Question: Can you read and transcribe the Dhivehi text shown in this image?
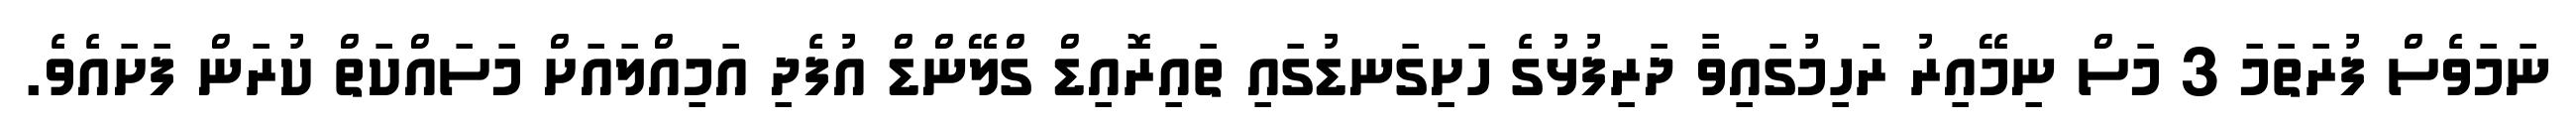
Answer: ނަމަވެސް ފުރަތަމަ 3 މަސް ނިމޭއިރު ރަހިމުގައިވާ ދަރިފުޅުގެ ހަށިގަނޑުގައި ތައިރޮއިޑް ގްލޭންޑް އުފެދި އަމިއްލައަށް މަސައްކަތް ކުރަން ފަށައެވެ.